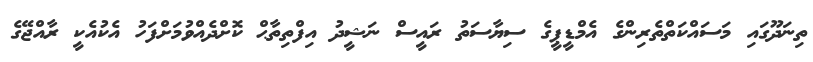
ތިނަދޫގައި މަސައްކަތްތެރިންގެ އެމްޑީޕީގެ ސިޔާސަތު ރައީސް ނަޝީދު އިފްތިތާޙް ކޮށްދެއްވުމަށްފަހު އެކުއެކީ ރާއްޖޭގެ